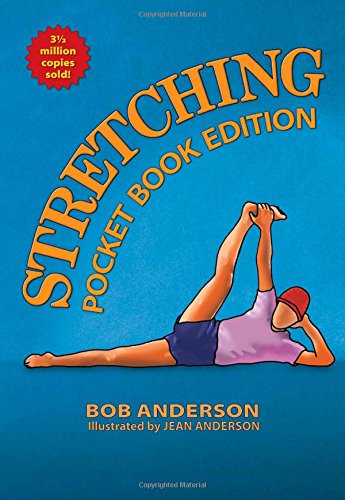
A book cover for Stretching: Pocket Book Edition; Bob Anderson; Health, Fitness & Dieting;